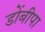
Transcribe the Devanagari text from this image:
डोंबीपा